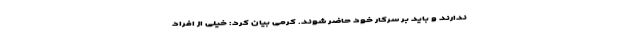
ندارند و باید بر سرکار خود حاضر شوند. کرمی بیان کرد: خیلی از افراد